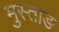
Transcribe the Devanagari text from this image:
मुस्ताङ